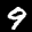
Label: 9